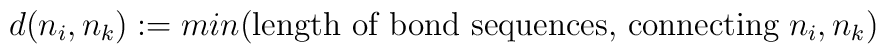
d(n_i,n_k):=min(\mbox{length of bond sequences, connecting}\;n_i,n_k)